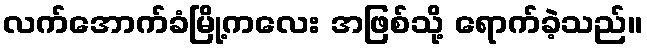
လက်အောက်ခံမြို့ကလေး အဖြစ်သို့ ရောက်ခဲ့သည်။